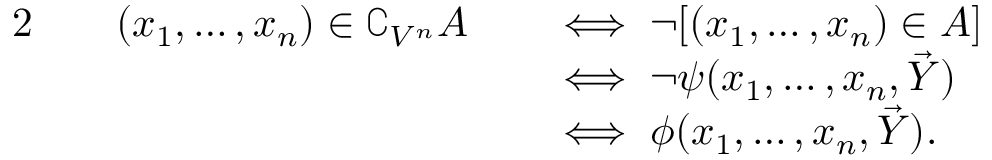
{ \begin{array} { r l r l } { { 2 } \quad } & { ( x _ { 1 } , \ldots , x _ { n } ) \in \complement _ { V ^ { n } } A } & & { \iff \neg [ ( x _ { 1 } , \ldots , x _ { n } ) \in A ] } \\ & { } & & { \iff \neg \psi ( x _ { 1 } , \ldots , x _ { n } , { \vec { Y } } ) } \\ & { } & & { \iff \phi ( x _ { 1 } , \ldots , x _ { n } , { \vec { Y } } ) . } \end{array} }